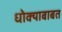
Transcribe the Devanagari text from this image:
धोक्याबाबत